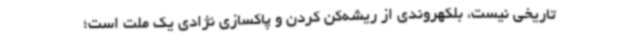
تاریخی نیست، بلکهروندی از ریشه‌کن کردن و پاکسازی نژادی یک ملت است؛